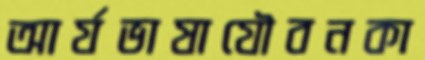
আর্যভাষাযৌবনকা